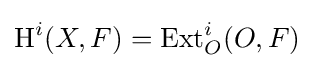
\operatorname {H} ^{i}(X,F)=\operatorname {Ext} _{O}^{i}(O,F)